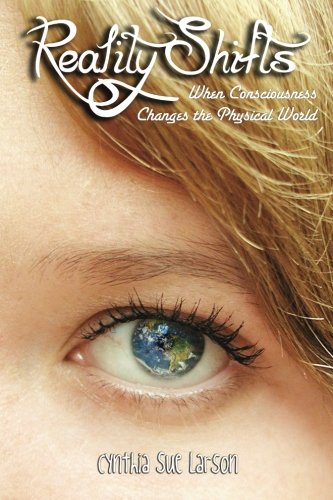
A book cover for Reality Shifts: When Consciousness Changes the Physical World; Cynthia Sue Larson; Religion & Spirituality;